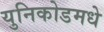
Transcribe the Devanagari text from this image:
युनिकोडमधे